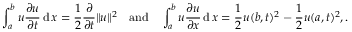
\int _ { a } ^ { b } u { \frac { \partial u } { \partial t } } \operatorname { d } x = { \frac { 1 } { 2 } } { \frac { \partial } { \partial t } } \| u \| ^ { 2 } \quad { \mathrm { a n d } } \quad \int _ { a } ^ { b } u { \frac { \partial u } { \partial x } } \operatorname { d } x = { \frac { 1 } { 2 } } u ( b , t ) ^ { 2 } - { \frac { 1 } { 2 } } u ( a , t ) ^ { 2 } , .